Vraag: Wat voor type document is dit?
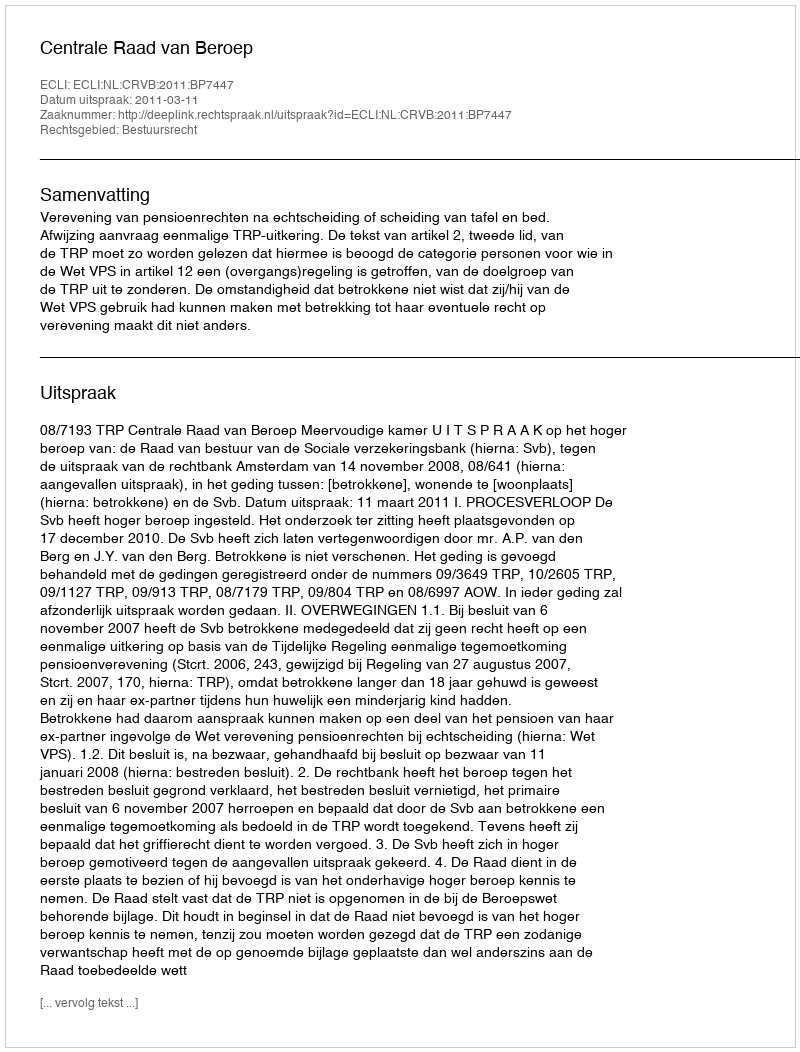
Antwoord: Uitspraak